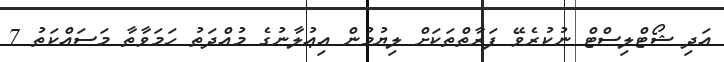
އަދި ޝޯޓްލިސްޓް ނުކުރެވޭ ފަރާތްތަކަށް ލިޔުމުން އިޢުލާނުގެ މުއްދަތު ހަމަވާތާ މަސައްކަތު 7